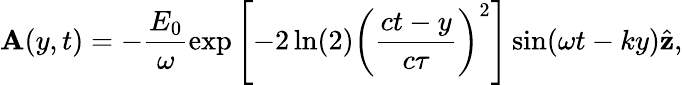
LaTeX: \mathbf{A}(y,t)=-\frac{E_{0}}{\omega}\exp\left[-2\ln(2)\left(\frac{ct-y}{c\tau}\right)^{2}\right]\sin(\omega t-ky)\hat{\mathbf{z}},